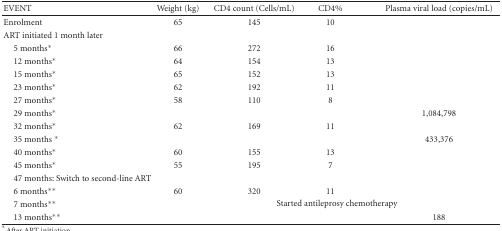
<table><thead><tr><td><b> EVENT</b></td><td><b>Weight (kg)</b></td><td><b>CD4 count (Cells/mL)</b></td><td><b>CD4%</b></td><td><b>Plasma viral load (copies/mL)</b></td></tr></thead><tbody><tr><td>Enrolment</td><td>65</td><td>145</td><td>10</td><td></td></tr><tr><td>ART initiated 1 month later</td><td></td><td></td><td></td><td></td></tr><tr><td> 5 months*</td><td>66</td><td>272</td><td>16</td><td></td></tr><tr><td> 12 months*</td><td>64</td><td>154</td><td>13</td><td></td></tr><tr><td> 15 months*</td><td>65</td><td>152</td><td>13</td><td></td></tr><tr><td> 23 months*</td><td>62</td><td>192</td><td>11</td><td></td></tr><tr><td> 27 months*</td><td>58</td><td>110</td><td>8</td><td></td></tr><tr><td> 29 months*</td><td></td><td></td><td></td><td>1,084,798</td></tr><tr><td> 32 months*</td><td>62</td><td>169</td><td>11</td><td></td></tr><tr><td> 35 months *</td><td></td><td></td><td></td><td>433,376</td></tr><tr><td> 40 months*</td><td>60</td><td>155</td><td>13</td><td></td></tr><tr><td> 45 months*</td><td>55</td><td>195</td><td>7</td><td></td></tr><tr><td>47 months: Switch to second-line ART</td><td></td><td></td><td></td><td></td></tr><tr><td> 6 months**</td><td>60</td><td>320</td><td>11</td><td></td></tr><tr><td> 7 months**</td><td colspan="4">Started antileprosy chemotherapy</td></tr><tr><td> 13 months**</td><td></td><td></td><td></td><td>188</td></tr></tbody></table>